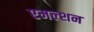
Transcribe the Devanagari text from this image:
एमल्शन